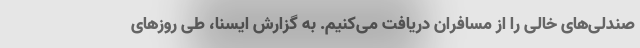
صندلی‌های خالی را از مسافران دریافت می‌کنیم. به گزارش ایسنا، طی روزهای